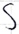
Text: S